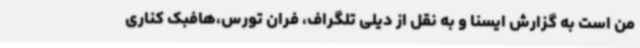
من است به گزارش ایسنا و به نقل از دیلی تلگراف، فران تورس،هافبک کناری